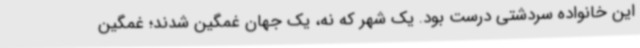
این خانواده سردشتی درست بود. یک شهر که نه، یک جهان غمگین شدند؛ غمگین